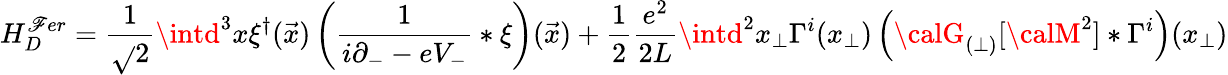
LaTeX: H_{D}^{\mathscr{F}er}=\frac{{1}}{{\sqrt{}{{2}}}}\intd^{3}x\xi^{\dagger}(\vec{{x}})\left(\frac{{1}}{{i\partial_{-}-eV_{-}}}\ast\xi\right)(\vec{{x}})+\frac{1}{2}\frac{{e^{2}}}{{2L}}\intd^{2}x_{\perp}\Gamma^{i}(x_{\perp})\left({\calG}_{(\perp)}[{\calM}^{2}]\ast\Gamma^{i}\right)(x_{\perp})